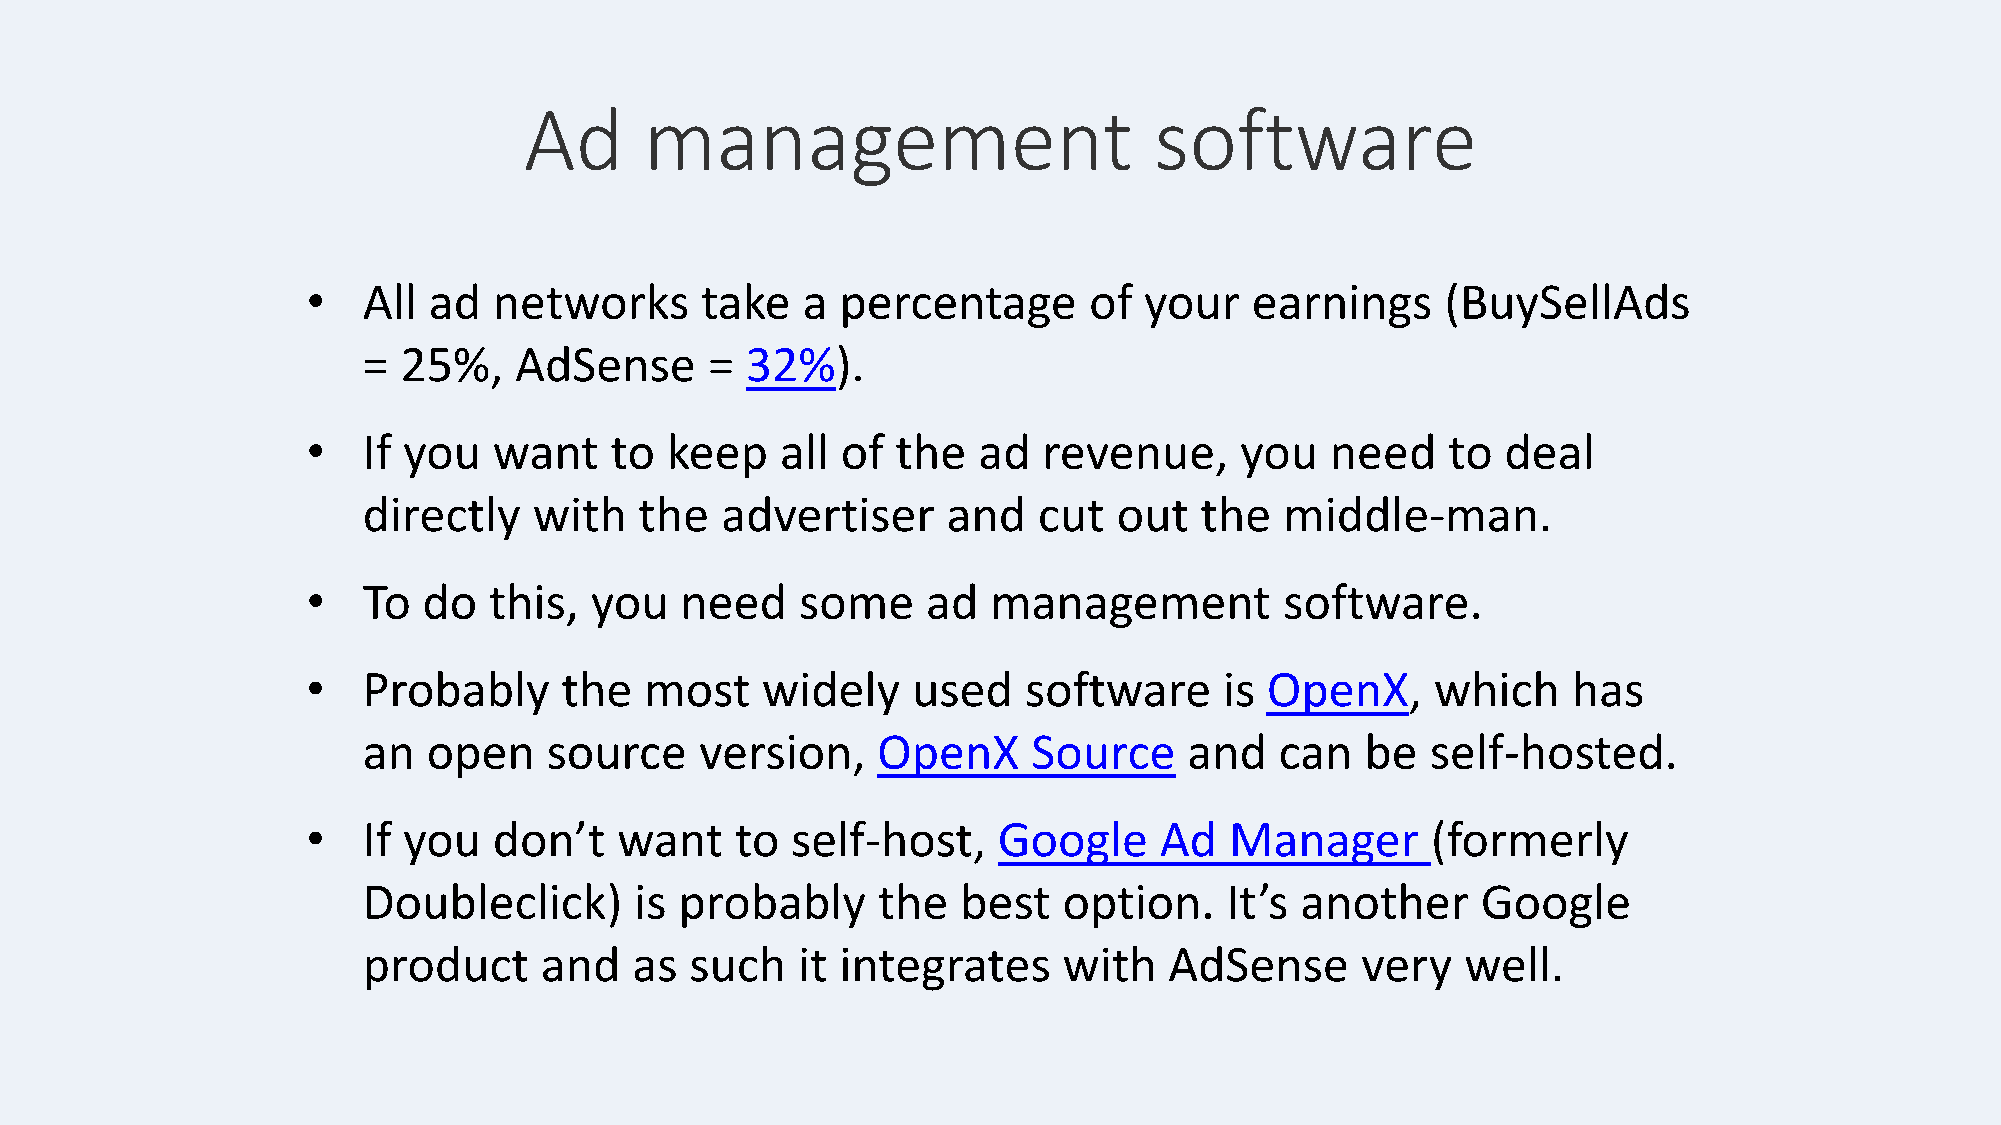
Ad      management                       software
 •   All ad   networks     take   a  percentage      of  your   earnings     (BuySellAds
 =  25%,   AdSense      = 32%).
 •   If you   want   to  keep    all of the   ad  revenue,     you   need    to  deal
 directly   with   the   advertiser     and   cut  out  the   middle-man.
 •   To  do  this,  you   need    some    ad   management         software.
 •   Probably     the   most   widely    used    software     is OpenX,     which    has
 an  open    source    version,    OpenX     Source     and   can  be   self-hosted.
 •   If you   don’t   want    to self-host,    Google     Ad  Manager       (formerly
 Doubleclick)      is probably     the   best  option.    It’s another     Google
 product     and   as  such   it integrates    with   AdSense      very   well.